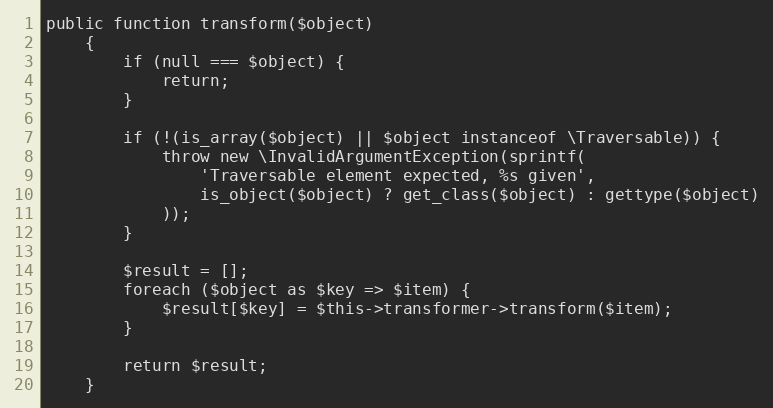
Language: PHP
public function transform($object)
    {
        if (null === $object) {
            return;
        }

        if (!(is_array($object) || $object instanceof \Traversable)) {
            throw new \InvalidArgumentException(sprintf(
                'Traversable element expected, %s given',
                is_object($object) ? get_class($object) : gettype($object)
            ));
        }

        $result = [];
        foreach ($object as $key => $item) {
            $result[$key] = $this->transformer->transform($item);
        }

        return $result;
    }